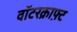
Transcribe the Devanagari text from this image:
वॉटरक्राफ़्ट